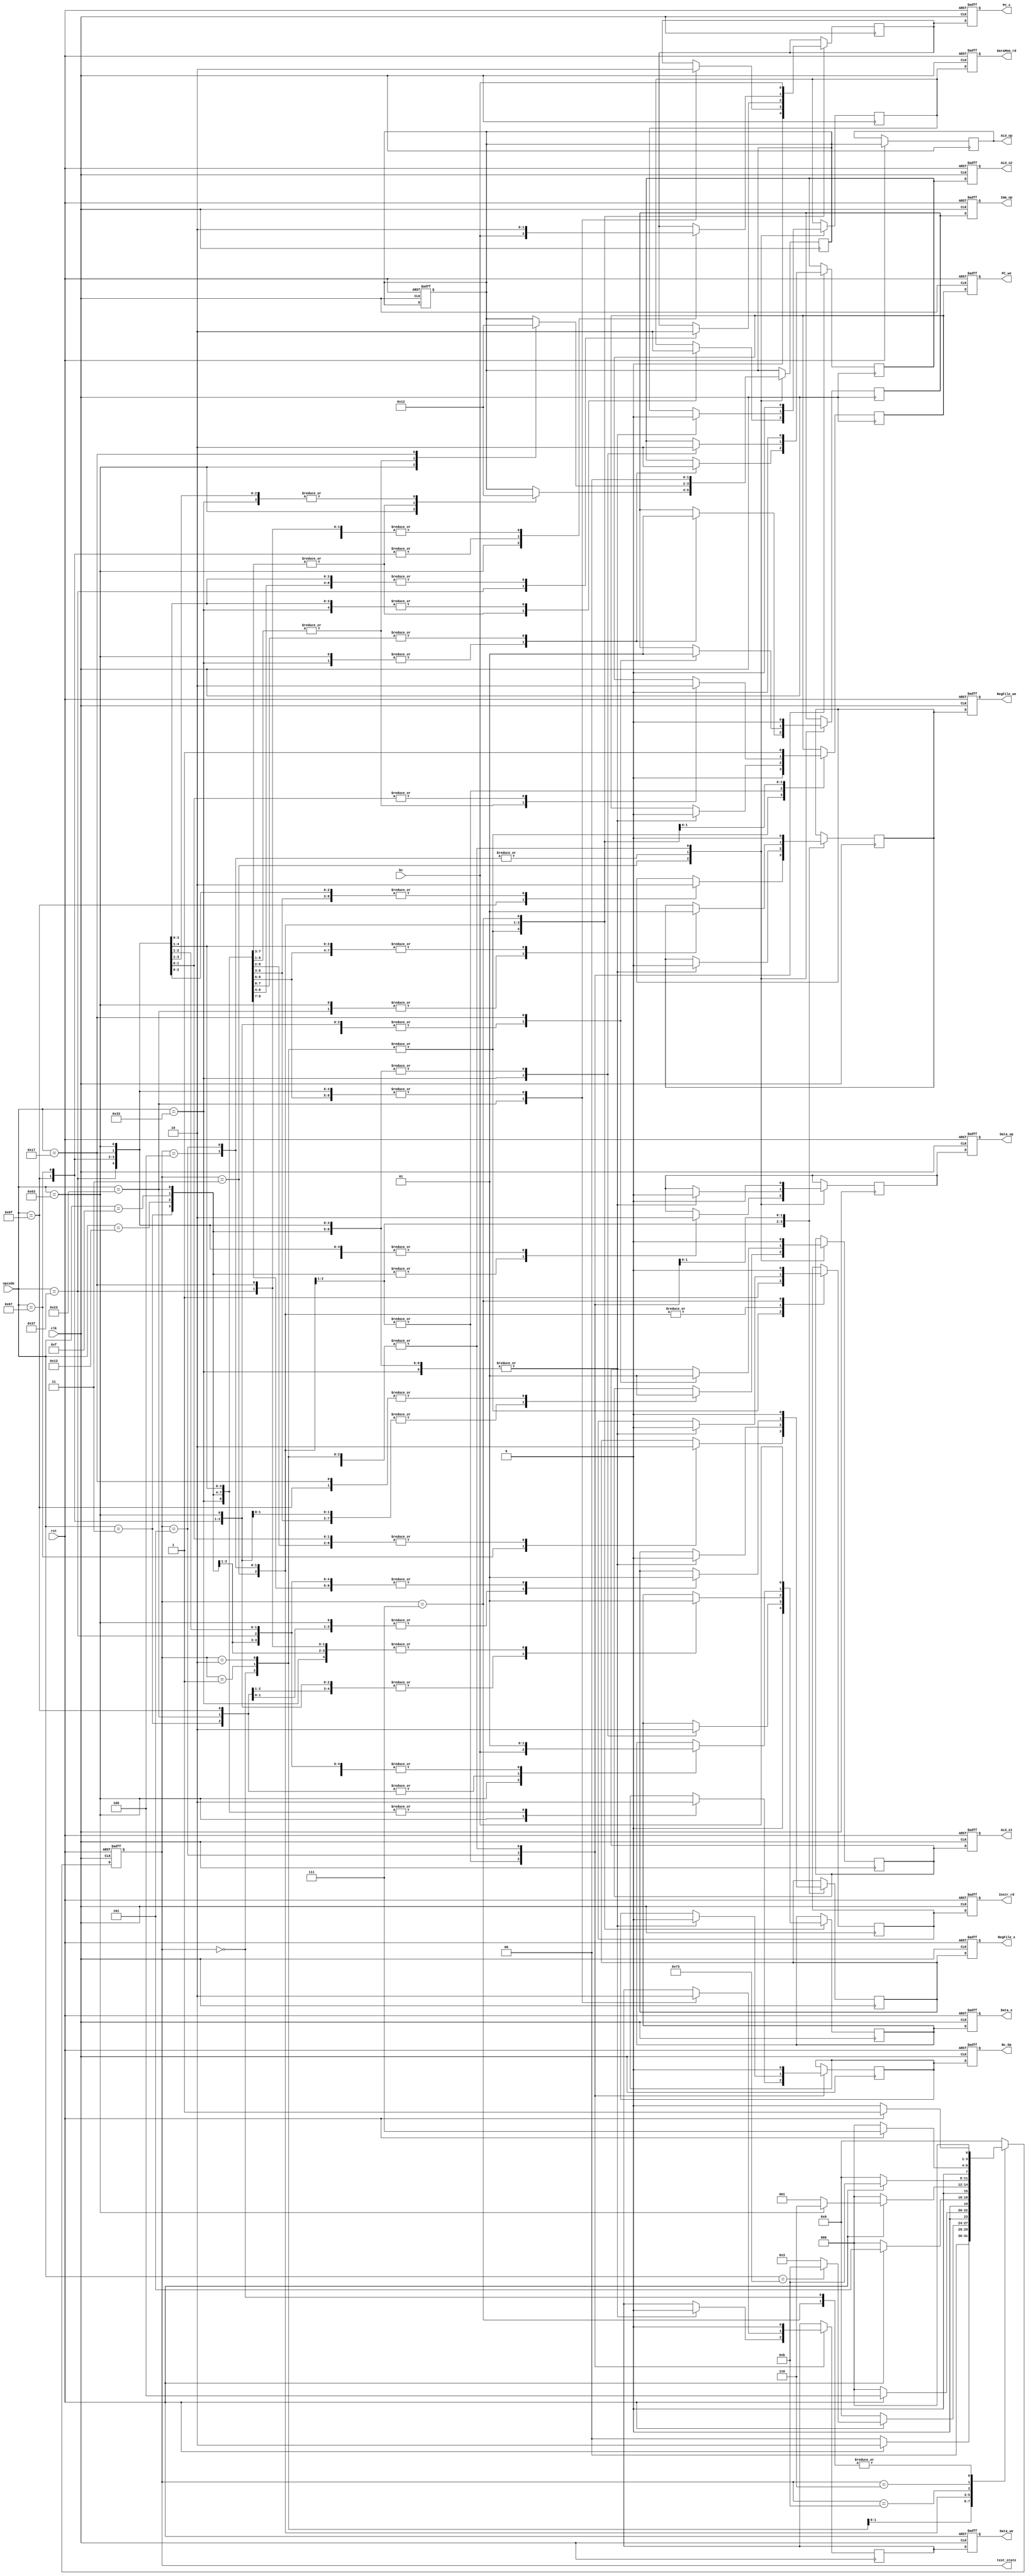
module ControlUnit(
    input clk, rst,
    input [6:0]opcode,
//    input [2:0]funct3,
    input bc, // branch info
    output reg PC_s, PC_we, Instr_rd, RegFile_s, RegFile_we, Imm_op, ALU_s1, ALU_s2, DataMem_rd, Data_op, Data_s, Bc_Op,Data_we,
    output reg [1:0]ALU_op,
    
    // testing 
    output wire [3:0] test_state
    );

    reg [3:0]curr_state;
    reg [3:0]next_state;
    
    parameter INITALIZE  = 4'b0000;
    parameter FETCH_INSTRUCTION  = 4'b0001;
    parameter FETCH_DECODE  = 4'b0010;
    parameter EXECUTION    = 4'b0011;
    parameter MEM    = 4'b0100;
    parameter WRITEBACK    = 4'b0101;
    parameter BRANCH_PAUSE = 4'b0110;
    parameter BRANCH_PAUSE_END = 4'b0111;
    parameter HALT  = 4'b1011;
    
   
   reg PC_s_temp, PC_we_temp, Instr_rd_temp, RegFile_s_temp, RegFile_we_temp, Imm_op_temp, ALU_s1_temp, ALU_s2_temp, DataMem_rd_temp, Data_op_temp, Data_s_temp, Bc_Op_temp, Data_we_temp; 
   reg [1:0] ALU_op_temp;      
    assign test_state = curr_state;
    always @(posedge clk or negedge rst) begin
        if(!rst)
            curr_state   <= INITALIZE;
        else
            curr_state   <= next_state;
            
    end
    
    always @(posedge clk) begin
     case(curr_state)
        INITALIZE: begin
        // we set:
                PC_s_temp = 1'b0; // we set when pc s is 1; program counter plus 4
                PC_we_temp = 1'b0; // allow adder write to pc  
                Instr_rd_temp = 1'b1; // get the current memory
                RegFile_s_temp = 1'b0; 
                // that's all the signal we need to get the command 
                RegFile_we_temp = 1'b0; 
                Imm_op_temp = 1'b0; 
                ALU_s1_temp = 1'b0; 
                ALU_s2_temp = 1'b0; 
                ALU_op_temp = 2'b00;
                DataMem_rd_temp = 1'b0; 
                Data_op_temp = 2'b00; 
                Data_s_temp = 1'b0;
                Data_we_temp = 1'b0;
                Bc_Op_temp = 1'b0;
               
        end
        
        FETCH_INSTRUCTION: begin
                PC_s_temp = 1'b0; 
                PC_we_temp = 1'b0; // allow adder write to pc  
                Instr_rd_temp = 1'b1; // get the current memory
                RegFile_s_temp = 1'b0; 
                // that's all the signal we need to get the command 
                RegFile_we_temp = 1'b0; 
                Imm_op_temp = 1'b0; 
                ALU_s1_temp = 1'b0; 
                ALU_s2_temp = 1'b0; 
                ALU_op_temp = 2'b00;
                DataMem_rd_temp = 1'b0; 
                Data_op_temp = 2'b00; 
                Data_s_temp = 1'b0;
                Data_we_temp = 1'b0;
                Bc_Op_temp = 1'b0;
        end
        
        FETCH_DECODE: begin
                PC_s_temp = 1'b0; 
                PC_we_temp = 1'b0; // allow adder write to pc  
                Instr_rd_temp = 1'b1; // get the current memory
                RegFile_s_temp = 1'b0; 
                // that's all the signal we need to get the command 
                RegFile_we_temp = 1'b0; 
                Imm_op_temp = 1'b0; 
                ALU_s1_temp = 1'b0; 
                ALU_s2_temp = 1'b0; 
                ALU_op_temp = 2'b00;
                DataMem_rd_temp = 1'b0; 
                Data_op_temp = 2'b00; 
                Data_s_temp = 1'b0;
                Data_we_temp = 1'b0;
                Bc_Op_temp = 1'b0;
        end
        
        EXECUTION: begin 
            case(opcode)
                7'b0110011: begin // R-type
                //rd = rs1 + rs2
                    PC_s_temp = 1'b0; 
                    PC_we_temp = 1'b0; 
                    Instr_rd_temp = 1'b0;
                    RegFile_s_temp = 1'b0; 

                    RegFile_we_temp = 1'b0;  
                    Imm_op_temp = 1'b0; 
                    ALU_s1_temp = 1'b0; // let both s1 s2 take in rs data
                    ALU_s2_temp = 1'b1; 
                    ALU_op_temp = 2'b10; // enable alu R-type

                    // we do store in next stage
                    DataMem_rd_temp = 1'b0; 
                    Data_op_temp = 1'b0; 
                    Data_s_temp = 1'b1; // set data swith to 1 so we get alu output
                    Data_we_temp = 1'b0; 
                    Bc_Op_temp = 1'b0;
                end

                7'b0000011: begin // I-type load and store in rd

                //rd=sign_ext(data[rs1+sign_ext(imm)][7:0])

                    PC_s_temp = 1'b0; 
                    PC_we_temp = 1'b0; 
                    Instr_rd_temp = 1'b0;
                    RegFile_s_temp = 1'b0; 

                    RegFile_we_temp = 1'b0;  
                    Imm_op_temp = 1'b1; 
                    ALU_s1_temp = 1'b0; // load rs1
                    ALU_s2_temp = 1'b0; // load imm
                    ALU_op_temp = 2'b00; // indicate store

                    DataMem_rd_temp = 1'b1; 
                    Data_op_temp = 1'b1; // enable data ext
                    Data_s_temp = 1'b0; // load data
                    Data_we_temp = 1'b0; 
                    Bc_Op_temp = 1'b0;
                end
                
                 7'b0010011: begin // for I type addi, ORI... 
                 // ! also implement fence here since it says to do the same as addi.

                    PC_s_temp = 1'b0; 
                    PC_we_temp = 1'b0; 
                    Instr_rd_temp = 1'b0;
                    RegFile_s_temp = 1'b0; 

                    RegFile_we_temp = 1'b0;  
                    Imm_op_temp = 1'b1; 
                    ALU_s1_temp = 1'b0; // load rs1
                    ALU_s2_temp = 1'b0; // load imm
                    ALU_op_temp = 2'b00; // indicate store

                    DataMem_rd_temp = 1'b1; 
                    Data_op_temp = 1'b1; // enable data ext
                    Data_s_temp = 1'b0; // load data
                    Data_we_temp = 1'b0; 
                    Bc_Op_temp = 1'b0;
                end
                
                7'b0001111: begin // this is the same as above 
                 // ! also implement fence here since it says to do the same as addi.

                    PC_s_temp = 1'b0; 
                    PC_we_temp = 1'b0; 
                    Instr_rd_temp = 1'b0;
                    RegFile_s_temp = 1'b0; 

                    RegFile_we_temp = 1'b0;  
                    Imm_op_temp = 1'b1; 
                    ALU_s1_temp = 1'b0; // load rs1
                    ALU_s2_temp = 1'b0; // load imm
                    ALU_op_temp = 2'b00; // indicate store

                    DataMem_rd_temp = 1'b1; 
                    Data_op_temp = 1'b1; // enable data ext
                    Data_s_temp = 1'b0; // load data
                    Data_we_temp = 1'b0; 
                    Bc_Op_temp = 1'b0;
                end

                 7'b0100011: begin // S-type store 
                 //e.g. data[rs1+sign_ext(imm)][7:0] = rs2[7:0]

                    PC_s_temp = 1'b1; 
                    PC_we_temp = 1'b0; 
                    Instr_rd_temp = 1'b0;
                    RegFile_s_temp = 1'b0; 

                    RegFile_we_temp = 1'b0; 
                    Imm_op_temp = 1'b1; 
                    ALU_s1_temp = 1'b0;  // get rs 1
                    ALU_s2_temp = 1'b0;  // get imm
                    ALU_op_temp = 2'b00;  // add two address

                    // we need to wait for this step and then store
                    DataMem_rd_temp = 1'b1; // store to data
                    Data_op_temp = 1'b1; 
                    Data_s_temp = 1'b0;
                    Data_we_temp = 1'b0; // TODO: check value  
                    Bc_Op_temp = 1'b0;
                end
                

                7'b1100011: begin // B-type Store ... of rs2 to memory
                // e.g. PC=(rs1==rs2) ? PC+sign_ext(imm) : PC+4

                    PC_s_temp = 1'b0; // take pc value from ALU
                    PC_we_temp = 1'b0;
                    Instr_rd_temp = 1'b0;
                    RegFile_s_temp = 1'b0; 

                    RegFile_we_temp = 1'b0; // we need to store data in regfile 
                    Imm_op_temp = 1'b0; 
                    ALU_s1_temp = 1'b0; // get rs1 value
                    ALU_s2_temp = 1'b1; // get rs2
                    ALU_op_temp = 2'b01; // cal: check branch

                    // may need to wait here 
                    DataMem_rd_temp = 1'b0; // 
                    Data_op_temp = 1'b0; 
                    Data_s_temp = 1'b0;
                    Data_we_temp = 1'b0; // TODO: check value 
                    Bc_Op_temp = 1'b1; // there will be branch
                end


                 7'b0110111: begin // U-type load
                    //e.g. rd={imm[31:12]; 12'b0}
                    PC_s_temp = 1'b0; 
                    PC_we_temp = 1'b0; 
                    Instr_rd_temp = 1'b0;
                    RegFile_s_temp = 1'b0; 

                    RegFile_we_temp = 1'b0; 
                    Imm_op_temp = 1'b1; // set since we load imm
                    ALU_s1_temp = 1'b0; 
                    ALU_s2_temp = 1'b0; // select imm
                    ALU_op_temp = 2'b00; // alu load

                    DataMem_rd_temp = 1'b1; 
                    Data_op_temp = 1'b0; 
                    Data_s_temp = 1'b0;
                    Data_we_temp = 1'b0;  
                    Bc_Op_temp = 1'b0;
                end

                7'b1101111: begin // JAL-type jump and link 
                    
                //rd=PC+4; PC=PC+sign_ext(imm)
                    // we do rd=PC+4 this step
                    PC_s_temp = 1'b0; 
                    PC_we_temp = 1'b0; 
                    Instr_rd_temp = 1'b0;
                    RegFile_s_temp = 1'b0; // take pc + 4 

                    RegFile_we_temp = 1'b1; // write pc + 4
                    Imm_op_temp = 1'b1; // set since we load imm
                    ALU_s1_temp = 1'b1; // select pc
                    ALU_s2_temp = 1'b0; // select imm
                    ALU_op_temp = 2'b10; // alu do plus

                    DataMem_rd_temp = 1'b0; 
                    Data_op_temp = 1'b0; 
                    Data_s_temp = 1'b0;
                    Data_we_temp = 1'b0; // need to double check 
                    Bc_Op_temp = 1'b0;
                end
                
                 7'b1100111: begin // JALR-type jump and link 
                    
                    PC_s_temp = 1'b0; 
                    PC_we_temp = 1'b0; 
                    Instr_rd_temp = 1'b0;
                    RegFile_s_temp = 1'b1; // take alu 

                    RegFile_we_temp = 1'b0; // write pc + 4
                    Imm_op_temp = 1'b1; // set since we load imm
                    ALU_s1_temp = 1'b0; // select Reg1
                    ALU_s2_temp = 1'b0; // select imm
                    ALU_op_temp = 2'b10; // alu do plus

                    DataMem_rd_temp = 1'b0; 
                    Data_op_temp = 1'b0; 
                    Data_s_temp = 1'b0;
                    Data_we_temp = 1'b0; // need to double check 
                    Bc_Op_temp = 1'b0;
                end
                
                7'b0010111: begin // AUIPC  
                    PC_s_temp = 1'b0; 
                    PC_we_temp = 1'b0; 
                    Instr_rd_temp = 1'b0;
                    RegFile_s_temp = 1'b0; // take alu 

                    RegFile_we_temp = 1'b0; // write pc + 4
                    Imm_op_temp = 1'b1; // set since we load imm
                    ALU_s1_temp = 1'b1; // select Reg1
                    ALU_s2_temp = 1'b0; // select imm
                    ALU_op_temp = 2'b10; // alu do plus

                    DataMem_rd_temp = 1'b0; 
                    Data_op_temp = 1'b0; 
                    Data_s_temp = 1'b0;
                    Data_we_temp = 1'b0; // need to double check 
                    Bc_Op_temp = 1'b0;
                end
                
            endcase
        end
        

        MEM: begin
            // this stage stores data back to reg or mem
            case(opcode)
                7'b0110011: begin // R-type
                //rd = rs1 + rs2
                    PC_s_temp = 1'b0; 
                    PC_we_temp = 1'b0; // add pc counter while store value, so we can continue
                    Instr_rd_temp = 1'b0;
                    RegFile_s_temp = 1'b0; // select alu result

                    RegFile_we_temp = 1'b0;  // write alu result
                    Imm_op_temp = 1'b0; 
                    ALU_s1_temp = 1'b0;  
                    ALU_s2_temp = 1'b1; 
                    ALU_op_temp = 1'b00; 

                    //store 
                    DataMem_rd_temp = 1'b0; 
                    Data_op_temp = 1'b0; 
                    Data_s_temp = 1'b1; // take ALU result
                    Data_we_temp = 1'b0; 
                    Bc_Op_temp = 1'b0;
                end

               7'b0000011: begin // I-type load and store in rd

                //rd=sign_ext(data[rs1+sign_ext(imm)][7:0])

                    PC_s_temp = 1'b0; 
                    PC_we_temp = 1'b0; 
                    Instr_rd_temp = 1'b0;
                    RegFile_s_temp = 1'b0; // select data 

                    RegFile_we_temp = 1'b0;  // write data to reg
                    Imm_op_temp = 1'b0; 
                    ALU_s1_temp = 1'b0; 
                    ALU_s2_temp = 1'b0;
                    ALU_op_temp = 2'b00; 

                    DataMem_rd_temp = 1'b0; 
                    Data_op_temp = 1'b0; 
                    Data_s_temp = 1'b0; 
                    Data_we_temp = 1'b0;
                    Bc_Op_temp = 1'b0;
                end
                
                7'b0010011: begin // I-type addi ori andi ....
                // ! also implement fence here since it says to do the same as addi.
                    PC_s_temp = 1'b0; 
                    PC_we_temp = 1'b0; 
                    Instr_rd_temp = 1'b0;
                    RegFile_s_temp = 1'b0; // select data 

                    RegFile_we_temp = 1'b0;  // write data to reg
                    Imm_op_temp = 1'b0; 
                    ALU_s1_temp = 1'b0; 
                    ALU_s2_temp = 1'b0;
                    ALU_op_temp = 2'b00; 

                    DataMem_rd_temp = 1'b0; 
                    Data_op_temp = 1'b0; 
                    Data_s_temp = 1'b1; // take alu cal output 
                    Data_we_temp = 1'b0;
                    Bc_Op_temp = 1'b0;
                end
                
                7'b0001111: begin // this is the same as above
                // ! also implement fence here since it says to do the same as addi.
                    PC_s_temp = 1'b0; 
                    PC_we_temp = 1'b0; 
                    Instr_rd_temp = 1'b0;
                    RegFile_s_temp = 1'b0; // select data 

                    RegFile_we_temp = 1'b0;  // write data to reg
                    Imm_op_temp = 1'b0; 
                    ALU_s1_temp = 1'b0; 
                    ALU_s2_temp = 1'b0;
                    ALU_op_temp = 2'b00; 

                    DataMem_rd_temp = 1'b0; 
                    Data_op_temp = 1'b0; 
                    Data_s_temp = 1'b1; // take alu cal output 
                    Data_we_temp = 1'b0;
                    Bc_Op_temp = 1'b0;
                end

                 7'b0100011: begin // S-type store 
                 //e.g. data[rs1+sign_ext(imm)][7:0] = rs2[7:0]

                    PC_s_temp = 1'b0; 
                    PC_we_temp = 1'b0; 
                    Instr_rd_temp = 1'b0;
                    RegFile_s_temp = 1'b0; 

                    RegFile_we_temp = 1'b0; 
                    Imm_op_temp = 1'b0; 
                    ALU_s1_temp = 1'b0;  
                    ALU_s2_temp = 1'b0;
                    ALU_op_temp = 2'b00;  // store 
                    
                    // we need to wait for this step and then store
                    DataMem_rd_temp = 1'b0; // store to data
                    Data_op_temp = 1'b0; 
                    Data_s_temp = 1'b0;
                    Data_we_temp = 1'b0; // TODO: check value  may depend on funct3
                    Bc_Op_temp = 1'b0;
                end

                 7'b1100011: begin // B-type Store ... of rs2 to memory
                // e.g. PC=(rs1==rs2) ? PC+sign_ext(imm) : PC+4

                    PC_s_temp = 1'b0; // choose what to take base on bc
                    PC_we_temp = 1'b0; // write pc 
                    Instr_rd_temp = 1'b0;
                    RegFile_s_temp = 1'b0; 

                    RegFile_we_temp = 1'b0; 
                    Imm_op_temp = 1'b0; 
                    ALU_s1_temp = 1'b0; 
                    ALU_s2_temp = 1'b1; 
                    ALU_op_temp = 2'b01; // cal: check branch

                    // may need to wait here 
                    DataMem_rd_temp = 1'b0; // 
                    Data_op_temp = 1'b0; 
                    Data_s_temp = 1'b0; // ! branch info based on branch control 
                    Data_we_temp = 1'b0; // TODO: check value 
                    Bc_Op_temp = 1'b1; // use branch control
                end


                  7'b0110111: begin // U-type load
                    //e.g. rd={imm[31:12]; 12'b0}
                    PC_s_temp = 1'b1; 
                    PC_we_temp = 1'b0; 
                    Instr_rd_temp = 1'b0;
                    RegFile_s_temp = 1'b0; // select ALu

                    RegFile_we_temp = 1'b0; // enable reg write
                    Imm_op_temp = 1'b0; 
                    ALU_s1_temp = 1'b0; 
                    ALU_s2_temp = 1'b0; 
                    ALU_op_temp = 2'b00; // alu load

                    DataMem_rd_temp = 1'b0; 
                    Data_op_temp = 1'b0; 
                    Data_s_temp = 1'b1; // choose alu
                    Data_we_temp = 1'b0;
                    Bc_Op_temp = 1'b0;
                end


                7'b1101111: begin // J-type jump and link 

                //rd=PC+4; PC=PC+sign_ext(imm)
                    // we do PC=PC+sign_ext(imm) this step
                    PC_s_temp = 1'b0; // choose alu value
                    PC_we_temp = 1'b0; // write alu value to pc
                    Instr_rd_temp = 1'b0;
                    RegFile_s_temp = 1'b0; 

                    RegFile_we_temp = 1'b0; // write  PC=PC+sign_ext
                    Imm_op_temp = 1'b0;
                    ALU_s1_temp = 1'b0;
                    ALU_s2_temp = 1'b0;
                    ALU_op_temp = 2'b00;

                    DataMem_rd_temp = 1'b0; 
                    Data_op_temp = 1'b0; 
                    Data_s_temp = 1'b0; //select ALU
                    Data_we_temp = 1'b0; // need to double check 
                    Bc_Op_temp = 1'b0;
                end  
                
                7'b1100111: begin // JALR 

                    PC_s_temp = 1'b0; // choose alu value
                    PC_we_temp = 1'b0; // write alu value to pc
                    Instr_rd_temp = 1'b0;
                    RegFile_s_temp = 1'b0; 

                    RegFile_we_temp = 1'b0; // write  PC=PC+sign_ext
                    Imm_op_temp = 1'b0;
                    ALU_s1_temp = 1'b0;
                    ALU_s2_temp = 1'b0;
                    ALU_op_temp = 2'b00;

                    DataMem_rd_temp = 1'b0; 
                    Data_op_temp = 1'b0; 
                    Data_s_temp = 1'b0; //select ALU
                    Data_we_temp = 1'b0; // need to double check 
                    Bc_Op_temp = 1'b0;
                end  
                
                 7'b0010111: begin // AUIPC  
                    PC_s_temp = 1'b0; 
                    PC_we_temp = 1'b0; 
                    Instr_rd_temp = 1'b0;
                    RegFile_s_temp = 1'b0; // take alu 

                    RegFile_we_temp = 1'b0; // write pc + 4
                   Imm_op_temp = 1'b1; // set since we load imm
                    ALU_s1_temp = 1'b1; // select Reg1
                    ALU_s2_temp = 1'b0; // select imm
                    ALU_op_temp = 2'b10; // alu do plus

                    DataMem_rd_temp = 1'b0; 
                    Data_op_temp = 1'b0; 
                    Data_s_temp = 1'b1; // take alu 
                    Data_we_temp = 1'b0; // need to double check 
                    Bc_Op_temp = 1'b0;
                end
            endcase
        end
        
        WRITEBACK: begin
                   case(opcode)
                7'b0110011: begin // R-type
                //rd = rs1 + rs2
                    PC_s_temp = 1'b0; 
                    PC_we_temp = 1'b1; // add pc counter while store value, so we can continue
                    Instr_rd_temp = 1'b0;
                    RegFile_s_temp = 1'b1; // select alu result

                    RegFile_we_temp = 1'b1;  // write alu result
                    Imm_op_temp = 1'b0; 
                    ALU_s1_temp = 1'b0;  
                    ALU_s2_temp = 1'b1; 
                    ALU_op_temp = 1'b00; 

                    //store 
                    DataMem_rd_temp = 1'b0; 
                    Data_op_temp = 1'b0; 
                    Data_s_temp = 1'b1; // take ALU result
                    Data_we_temp = 1'b0; 
                    Bc_Op_temp = 1'b0;
                end

               7'b0000011: begin // I-type load and store in rd

                //rd=sign_ext(data[rs1+sign_ext(imm)][7:0])

                    PC_s_temp = 1'b0; 
                    PC_we_temp = 1'b1; 
                    Instr_rd_temp = 1'b0;
                    RegFile_s_temp = 1'b1; // select data 

                    RegFile_we_temp = 1'b1;  // write data to reg
                    Imm_op_temp = 1'b0; 
                    ALU_s1_temp = 1'b0; 
                    ALU_s2_temp = 1'b0;
                    ALU_op_temp = 2'b00; 

                    DataMem_rd_temp = 1'b0; 
                    Data_op_temp = 1'b0; 
                    Data_s_temp = 1'b0; 
                    Data_we_temp = 1'b0;
                    Bc_Op_temp = 1'b0;
                end
                
                7'b0010011: begin // I-type addi ori andi ....
                // ! also implement fence here since it says to do the same as addi.
                    PC_s_temp = 1'b0; 
                    PC_we_temp = 1'b1; 
                    Instr_rd_temp = 1'b0;
                    RegFile_s_temp = 1'b1; // select data 

                    RegFile_we_temp = 1'b1;  // write data to reg
                    Imm_op_temp = 1'b0; 
                    ALU_s1_temp = 1'b0; 
                    ALU_s2_temp = 1'b0;
                    ALU_op_temp = 2'b00; 

                    DataMem_rd_temp = 1'b0; 
                    Data_op_temp = 1'b0; 
                    Data_s_temp = 1'b1; // take alu cal output 
                    Data_we_temp = 1'b0;
                    Bc_Op_temp = 1'b0;
                end
                
                7'b0001111: begin // this is the same as above
                // ! also implement fence here since it says to do the same as addi.
                    PC_s_temp = 1'b0; 
                    PC_we_temp = 1'b1; 
                    Instr_rd_temp = 1'b0;
                    RegFile_s_temp = 1'b1; // select data 

                    RegFile_we_temp = 1'b1;  // write data to reg
                    Imm_op_temp = 1'b0; 
                    ALU_s1_temp = 1'b0; 
                    ALU_s2_temp = 1'b0;
                    ALU_op_temp = 2'b00; 

                    DataMem_rd_temp = 1'b0; 
                    Data_op_temp = 1'b0; 
                    Data_s_temp = 1'b1; // take alu cal output 
                    Data_we_temp = 1'b0;
                    Bc_Op_temp = 1'b0;
                end

                 7'b0100011: begin // S-type store 
                 //e.g. data[rs1+sign_ext(imm)][7:0] = rs2[7:0]

                    PC_s_temp = 1'b0; 
                    PC_we_temp = 1'b1; 
                    Instr_rd_temp = 1'b0;
                    RegFile_s_temp = 1'b0; 

                    RegFile_we_temp = 1'b0; 
                    Imm_op_temp = 1'b0; 
                    ALU_s1_temp = 1'b0;  
                    ALU_s2_temp = 1'b0;
                    ALU_op_temp = 2'b00;  // store 
                    
                    // we need to wait for this step and then store
                    DataMem_rd_temp = 1'b0; // store to data
                    Data_op_temp = 1'b0; 
                    Data_s_temp = 1'b0;
                    Data_we_temp = 1'b1; // TODO: check value  may depend on funct3
                    Bc_Op_temp = 1'b0;
                end

                 7'b1100011: begin // B-type Store ... of rs2 to memory
                // e.g. PC=(rs1==rs2) ? PC+sign_ext(imm) : PC+4

                    PC_s_temp = bc; // choose what to take base on bc
                    PC_we_temp = 1'b0; // write pc  1
                    Instr_rd_temp = 1'b0;
                    RegFile_s_temp = 1'b0; 

                    RegFile_we_temp = 1'b0; 
                    Imm_op_temp = 1'b0; 
                    ALU_s1_temp = 1'b0; 
                    ALU_s2_temp = 1'b0; 
                    ALU_op_temp = 2'b01; // cal: check branch

                    // may need to wait here 
                    DataMem_rd_temp = 1'b0; // 
                    Data_op_temp = 1'b0; 
                    Data_s_temp = bc; // ! branch info based on branch control 
                    Data_we_temp = 1'b0; // TODO: check value 
                    Bc_Op_temp = 1'b0; // use branch control
                end


                  7'b0110111: begin // U-type load
                    //e.g. rd={imm[31:12]; 12'b0}
                    PC_s_temp = 1'b0; 
                    PC_we_temp = 1'b1; 
                    Instr_rd_temp = 1'b0;
                    RegFile_s_temp = 1'b1; // select ALu

                    RegFile_we_temp = 1'b1; // enable reg write
                    Imm_op_temp = 1'b0; 
                    ALU_s1_temp = 1'b0; 
                    ALU_s2_temp = 1'b0; 
                    ALU_op_temp = 2'b00; // alu load

                    DataMem_rd_temp = 1'b0; 
                    Data_op_temp = 1'b0; 
                    Data_s_temp = 1'b1; // choose alu
                    Data_we_temp = 1'b0;
                    Bc_Op_temp = 1'b0;
                end


                7'b1101111: begin // J-type jump and link 

                //rd=PC+4; PC=PC+sign_ext(imm)
                    // we do PC=PC+sign_ext(imm) this step
                    PC_s_temp = 1'b1; // choose alu value
                    PC_we_temp = 1'b1; // write alu value to pc
                    Instr_rd_temp = 1'b0;
                    RegFile_s_temp = 1'b0; 

                    RegFile_we_temp = 1'b1; // write  PC=PC+sign_ext
                    Imm_op_temp = 1'b0;
                    ALU_s1_temp = 1'b0;
                    ALU_s2_temp = 1'b0;
                    ALU_op_temp = 2'b00;

                    DataMem_rd_temp = 1'b0; 
                    Data_op_temp = 1'b0; 
                    Data_s_temp = 1'b0; //select ALU
                    Data_we_temp = 1'b0; // need to double check 
                    Bc_Op_temp = 1'b0;
                end  
                
                 7'b1100111: begin // JALR

                    PC_s_temp = 1'b1; // choose alu value
                    PC_we_temp = 1'b1; // write alu value to pc
                    Instr_rd_temp = 1'b0;
                    RegFile_s_temp = 1'b1; // write  PC=PC+sign_ext

                    RegFile_we_temp = 1'b1; // write  PC=PC+sign_ext
                    Imm_op_temp = 1'b0;
                    ALU_s1_temp = 1'b0;
                    ALU_s2_temp = 1'b0;
                    ALU_op_temp = 2'b00;

                    DataMem_rd_temp = 1'b0; 
                    Data_op_temp = 1'b0; 
                    Data_s_temp = 1'b1; //select ALU
                    Data_we_temp = 1'b0; // need to double check 
                    Bc_Op_temp = 1'b0;
                end 
                
                7'b0010111: begin // AUIPC  
                    PC_s_temp = 1'b0; 
                    PC_we_temp = 1'b0; 
                    Instr_rd_temp = 1'b0;
                    RegFile_s_temp = 1'b1; // take alu 

                    RegFile_we_temp = 1'b1; // write alu output 
                    Imm_op_temp = 1'b1; // set since we load imm
                    ALU_s1_temp = 1'b1; // select Reg1
                    ALU_s2_temp = 1'b0; // select imm
                    ALU_op_temp = 2'b10; // alu do plus

                    DataMem_rd_temp = 1'b0; 
                    Data_op_temp = 1'b0; 
                    Data_s_temp = 1'b1; // take alu 
                    Data_we_temp = 1'b0; // need to double check 
                    Bc_Op_temp = 1'b0;
                end
            endcase
        end
        
        BRANCH_PAUSE_END: begin

            PC_s_temp = bc; // choose what to take base on bc
            PC_we_temp = 1'b1; // write pc 
            Instr_rd_temp = 1'b0;
            RegFile_s_temp = 1'b0; 

            RegFile_we_temp = 1'b0; 
            Imm_op_temp = 1'b0; 
            ALU_s1_temp = 1'b0; 
            ALU_s2_temp = 1'b0; 
            ALU_op_temp = 2'b00; // cal: check branch

            // may need to wait here 
            DataMem_rd_temp = 1'b0; // 
            Data_op_temp = 1'b0; 
            Data_s_temp = bc; // ! branch info based on branch control 
            Data_we_temp = 1'b0; // TODO: check value 
            Bc_Op_temp = 1'b0; // use branch control
        end
    endcase
   end
   
//   PC_s_temp, PC_we_temp, Instr_rd_temp, RegFile_s_temp, RegFile_we_temp, Imm_op_temp, ALU_s1_temp, ALU_s2_temp, DataMem_rd_temp, Data_op_temp, data_s_temp, Bc_Op_temp;
   always @(posedge clk or negedge rst) begin
    if(!rst) begin
        PC_s   = 1'b0;
        PC_we     = 1'b0;
        Instr_rd    = 1'b0;
        RegFile_s     = 1'b0;
        RegFile_we      = 1'b0;
        Imm_op = 1'b0;
        ALU_s1    = 1'b0;
        ALU_s2      = 2'b00;
        ALU_op_temp = 2'b00;
        DataMem_rd    = 1'b0;
        Data_op    = 1'b0;
        Data_s       = 1'b0; 
        Data_we  = 1'b0; 
        Bc_Op        = 1'b0; 
    end
    else begin
        PC_s         = PC_s_temp;
        PC_we        = PC_we_temp;
        Instr_rd     = Instr_rd_temp;
        RegFile_s    = RegFile_s_temp;
        RegFile_we   = RegFile_we_temp;
        Imm_op       = Imm_op_temp;
        ALU_s1       = ALU_s1_temp;
        ALU_s2       = ALU_s2_temp;
        ALU_op       = ALU_op_temp;
        DataMem_rd   = DataMem_rd_temp;
        Data_op      = Data_op_temp;
        Data_s       = Data_s_temp;
        Data_we      = Data_we_temp; 
        Bc_Op        = Bc_Op_temp;
    end
end
   
   //FSM
always @(*) begin
    case(curr_state)
        INITALIZE : 
            if(!rst)
                next_state = INITALIZE;
            else
                next_state = FETCH_INSTRUCTION;
                
        FETCH_INSTRUCTION :
            if(!rst)
                next_state = INITALIZE;
            else
                next_state = FETCH_DECODE;
                
        FETCH_DECODE: 
            if(!rst)
                next_state = INITALIZE;
            else if(opcode == 7'b1110011)
                next_state = HALT;
            else
                next_state = EXECUTION;
                
        EXECUTION :
            if(!rst)
                next_state = INITALIZE;
            else
                next_state = MEM;
                
        MEM : 
         if(!rst)
                next_state = INITALIZE;
         else
                next_state = WRITEBACK;
                
        WRITEBACK  : 
         if(!rst)
                next_state = INITALIZE;
        else if(opcode == 7'b1100011) begin
                next_state = BRANCH_PAUSE;
             end 
         else
                next_state = FETCH_INSTRUCTION;
         HALT:
            if(!rst)
                next_state = INITALIZE;
            else
                next_state = HALT;
         
         
         
         // pause for branch 
         BRANCH_PAUSE: 
            if(!rst) next_state = INITALIZE;
            else  next_state = BRANCH_PAUSE_END;
            
        BRANCH_PAUSE_END:
            if(!rst) next_state = INITALIZE;
            else  next_state = FETCH_INSTRUCTION;
        default:
            next_state = INITALIZE;
    endcase
end
            
    
endmodule